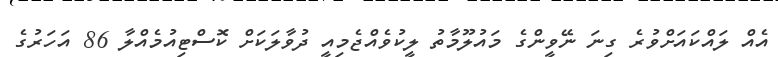
އެއް ލައްކައަށްވުރެ ގިނަ ނޭވީންގެ މައުލޫމާތު ލީކުވެއްޖެމިއީ ދުވާލަކަށް ކޮސްޓިއުމެއްލާ 86 އަހަރުގެ